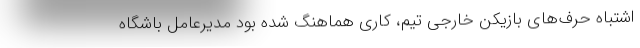
اشتباه حرف‌های بازیکن خارجی تیم، کاری هماهنگ شده بود مدیرعامل باشگاه